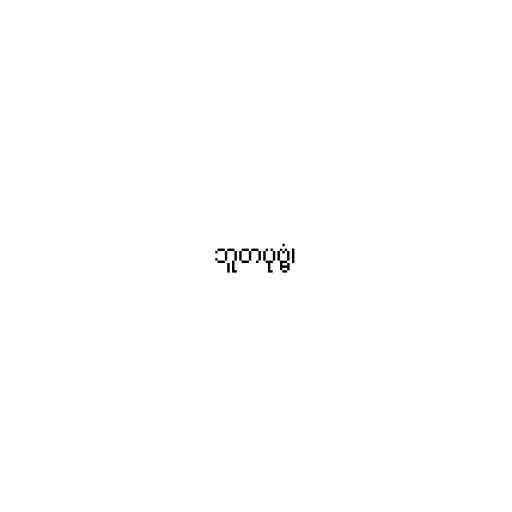
ဘူတပုဗ္ဗံ၊